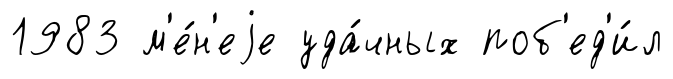
1983 м'е́н'еjе уда́чных поб'ед'и́л